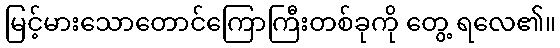
မြင့်မားသောတောင်ကြောကြီးတစ်ခုကို တွေ့ ရလေ၏။